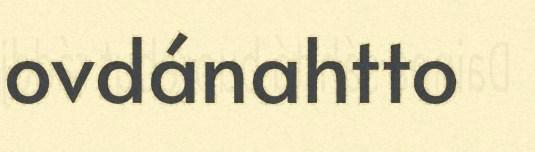
ovdánahtto